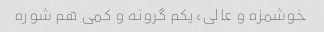
خوشمزه و عالی، یکم گرونه و کمی هم شوره